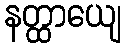
နတ္ထာယျေ